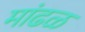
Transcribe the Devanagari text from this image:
मांढळ